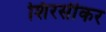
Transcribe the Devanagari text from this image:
शिरसीकर